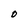
Character: O